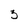
Character: 5